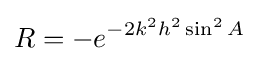
R=-e^{-2k^{2}h^{2}\sin ^{2}A}